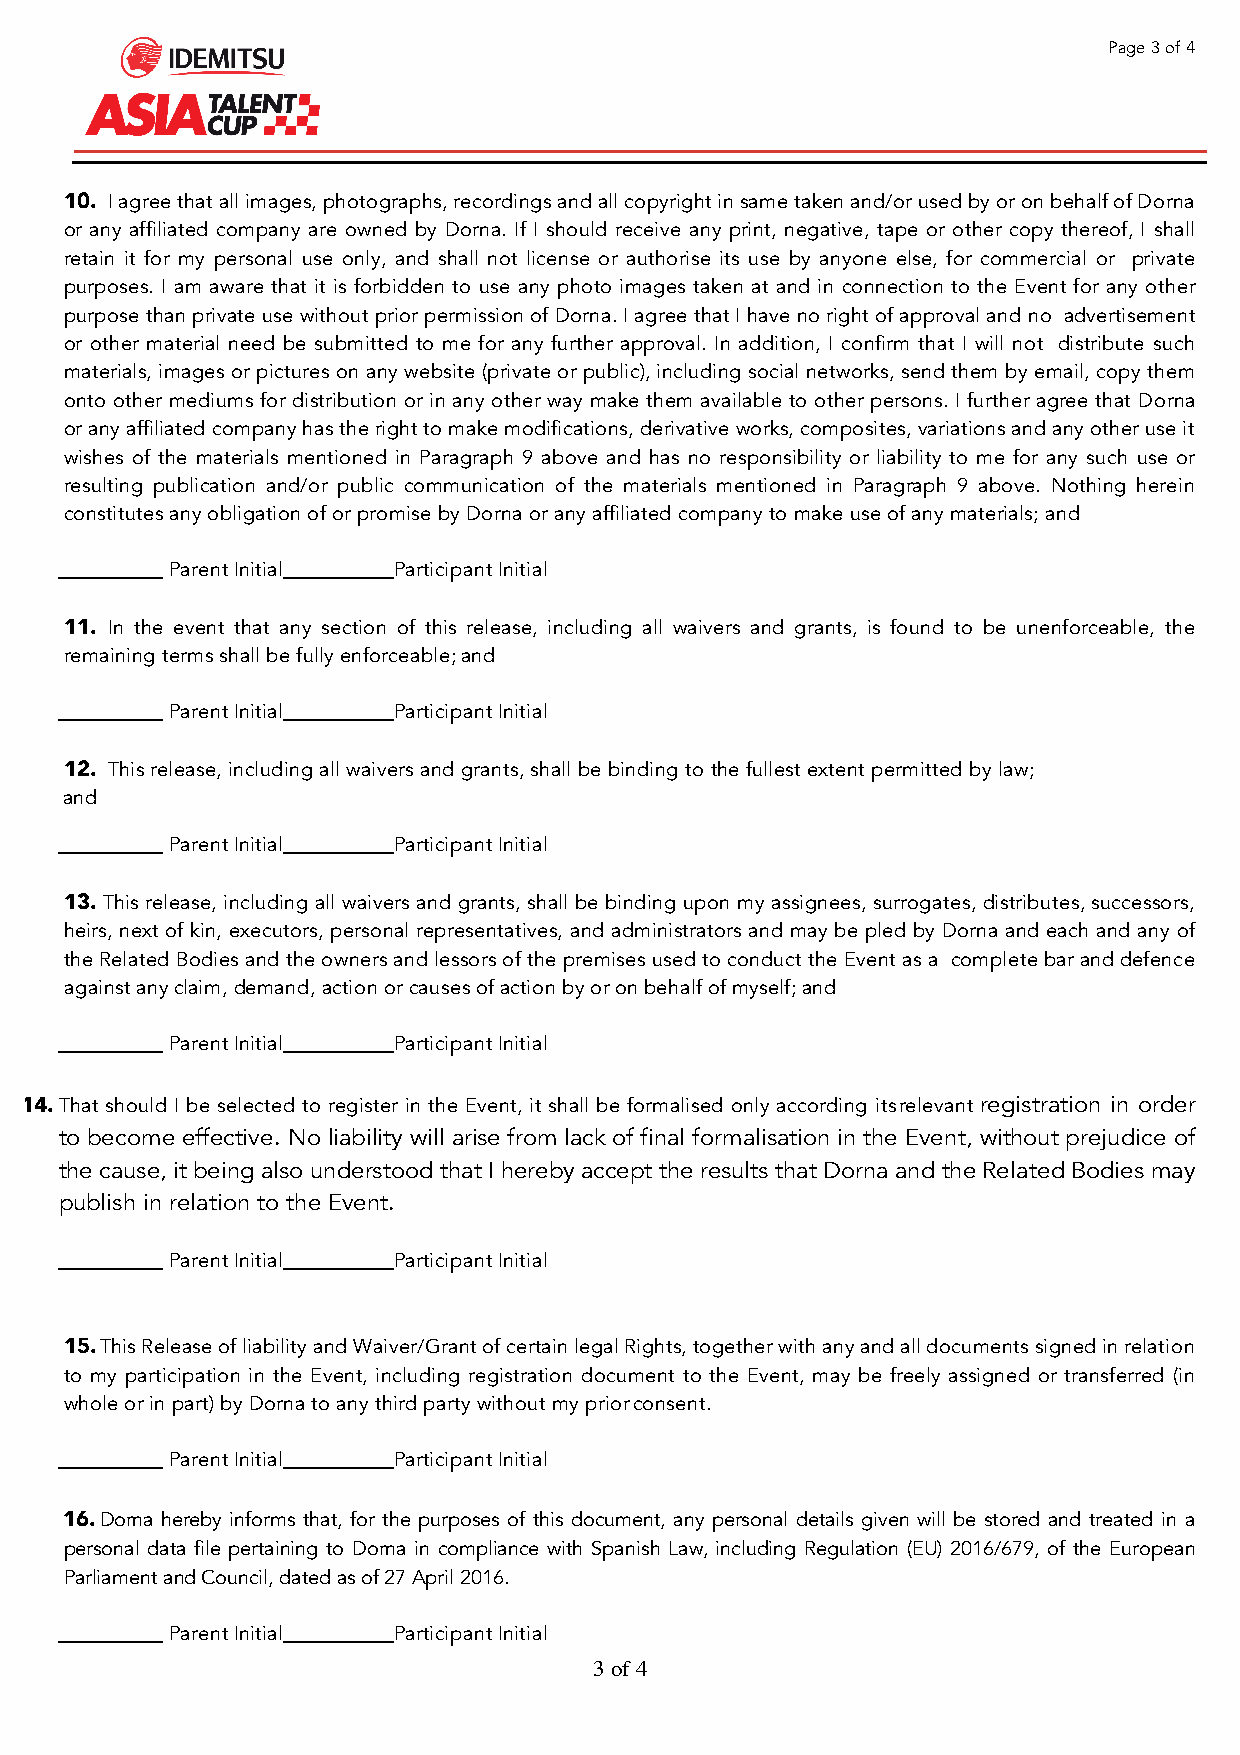
Page 3 of 4
 10. I agree that all images, photographs, recordings and all copyright in same taken and/or used by or on behalf of Dorna
 or any affiliated company are owned by Dorna. If I should receive any print, negative, tape or other copy thereof, I shall
 retain it for my personal use only, and shall not license or authorise its use by anyone else, for commercial or private
 purposes. I am aware that it is forbidden to use any photo images taken at and in connection to the Event for any other
 purpose than private use without prior permission of Dorna. I agree that I have no right of approval and no advertisement
 or other material need be submitted to me for any further approval. In addition, I confirm that I will not distribute such
 materials, images or pictures on any website (private or public), including social networks, send them by email, copy them
 onto other mediums for distribution or in any other way make them available to other persons. I further agree that Dorna
 or any affiliated company has the right to make modifications, derivative works, composites, variations and any other use it
 wishes of the materials mentioned in Paragraph 9 above and has no responsibility or liability to me for any such use or
 resulting publication and/or public communication of the materials mentioned in Paragraph 9 above. Nothing herein
 constitutes any obligation of or promise by Dorna or any affiliated company to make use of any materials; and
 Parent Initial Participant Initial
 11. In the event that any section of this release, including all waivers and grants, is found to be unenforceable, the
 remaining terms shall be fully enforceable; and
 Parent Initial Participant Initial
 12. This release, including all waivers and grants, shall be binding to the fullest extent permitted by law;
 and
 Parent Initial Participant Initial
 13. This release, including all waivers and grants, shall be binding upon my assignees, surrogates, distributes, successors,
 heirs, next of kin, executors, personal representatives, and administrators and may be pled by Dorna and each and any of
 the Related Bodies and the owners and lessors of the premises used to conduct the Event as a complete bar and defence
 against any claim, demand, action or causes of action by or on behalf of myself; and
 Parent Initial Participant Initial
 14. That should I be selected to register in the Event, it shall be formalised only according its relevant registration in order
 to become effective. No liability will arise from lack of final formalisation in the Event, without prejudice of
 the cause, it being also understood that I hereby accept the results that Dorna and the Related Bodies may
 publish in relation to the Event.
 Parent Initial Participant Initial
 15. This Release of liability and Waiver/Grant of certain legal Rights, together with any and all documents signed in relation
 to my participation in the Event, including registration document to the Event, may be freely assigned or transferred (in
 whole or in part) by Dorna to any third party without my prior consent.
 Parent Initial Participant Initial
 16. Dorna hereby informs that, for the purposes of this document, any personal details given will be stored and treated in a
 personal data file pertaining to Dorna in compliance with Spanish Law, including Regulation (EU) 2016/679, of the European
 Parliament and Council, dated as of 27 April 2016.
 Parent Initial Participant Initial
 3 of 4